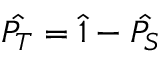
\hat { P _ { T } } = \hat { 1 } - \hat { P _ { S } }